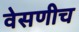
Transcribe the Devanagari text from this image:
वेसणीच